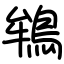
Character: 鴾